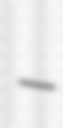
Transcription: –